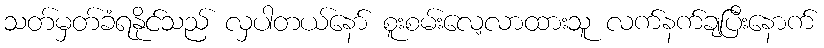
သတ်မှတ်ခံရနိုင်သည် လှပါတယ်နော် စူးစမ်းလေ့လာထားသူ လက်နက်ချပြီးနောက်